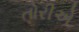
તોરીએ